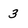
Character: 3